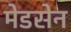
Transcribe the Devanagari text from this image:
मेडसेन